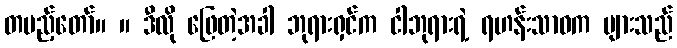
တပည့်တော်။ ။ ဒီလို ဖြေတဲ့အခါ ဘုရားရှင်က ငါဘုရားရဲ့ ရဟန်းသာဝက များသည်